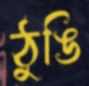
ঠুঙি